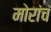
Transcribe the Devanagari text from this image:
मोरांचं